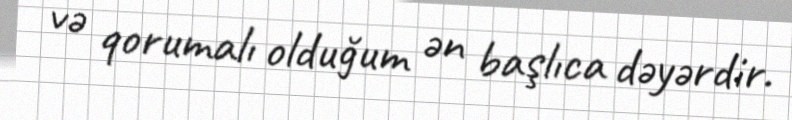
və qorumalı olduğum ən başlıca dəyərdir.